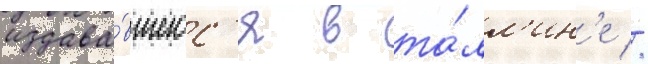
издава́вшегос'я в та́лл'ин'е //